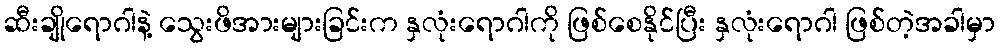
ဆီးချိုရောဂါနဲ့ သွေးဖိအားများခြင်းက နှလုံးရောဂါကို ဖြစ်စေနိုင်ပြီး နှလုံးရောဂါ ဖြစ်တဲ့အခါမှာ